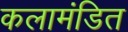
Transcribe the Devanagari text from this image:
कलामंडित